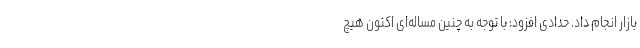
بازار انجام داد. حدادی افزود: با توجه به چنین مساله‌ای اکنون هیچ